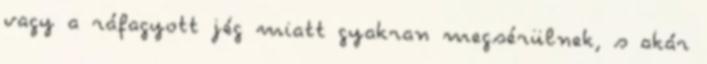
vagy a ráfagyott jég miatt gyakran megsérülnek, s akár